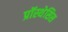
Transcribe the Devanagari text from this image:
प्रॉस्थेसिस